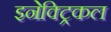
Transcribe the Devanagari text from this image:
इनेक्‍ट्रिकल